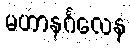
မဟာနင်္ဂလေန